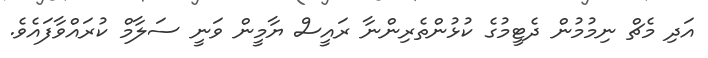
އަދި މެޗް ނިމުމުން ދެޓީމުގެ ކުޅުންތެރިންނާ ރައީސް ޔާމީން ވަނީ ސަލާމް ކުރައްވާފައެވެ.